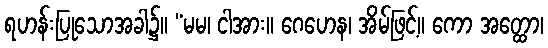
ရဟန်းပြုသောအခါ၌။ “မမ၊ ငါအား။ ဂေဟေန၊ အိမ်ဖြင့်။ ကော အတ္ထော၊